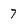
Character: 7